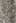
تا